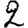
Digit: 2